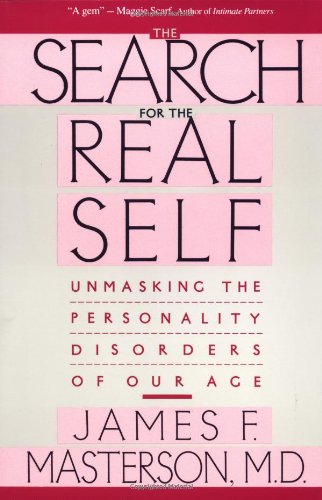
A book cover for Search For The Real Self : Unmasking The Personality Disorders Of Our Age; James F. Masterson; Health, Fitness & Dieting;